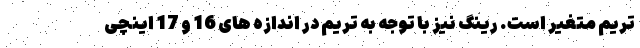
تریم متغیر است. رینگ نیز با توجه به تریم در اندازه های 16 و 17 اینچی